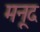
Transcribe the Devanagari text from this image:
मनूद